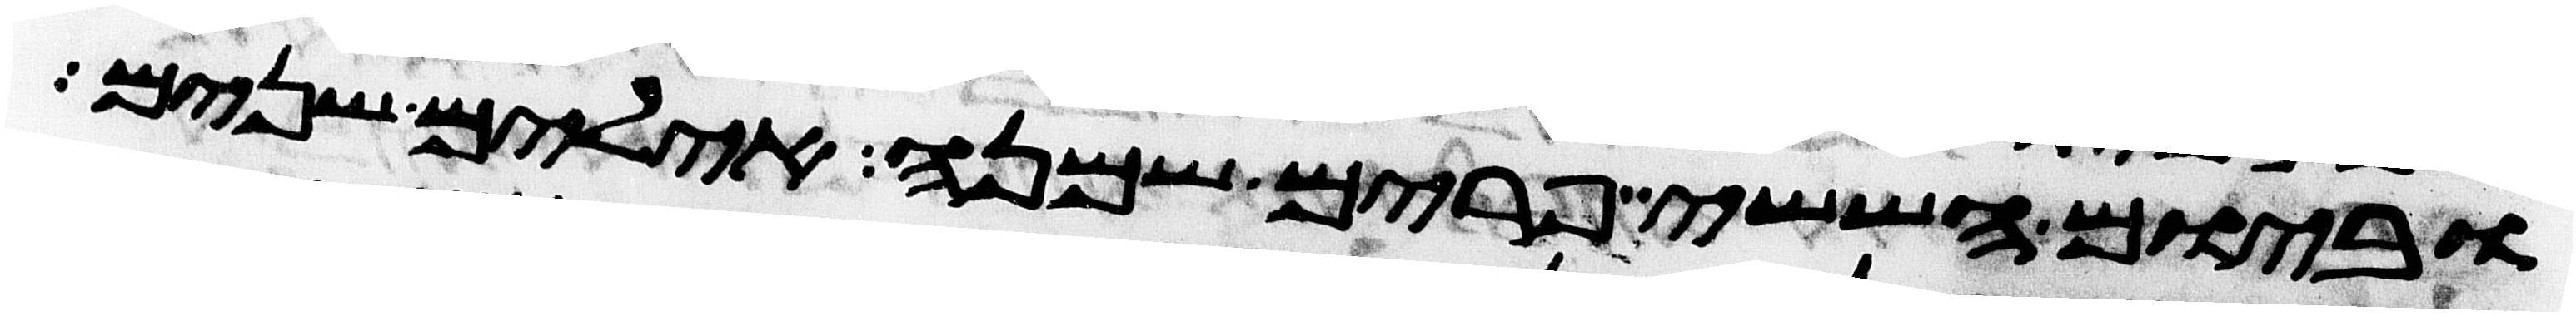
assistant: וביום הששי פרים שמנה אילים שנים